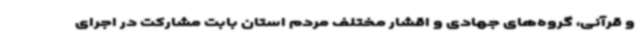
و قرآنی، گروه‌های جهادی و اقشار مختلف مردم استان بابت مشارکت در اجرای